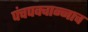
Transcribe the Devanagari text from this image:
पंचपक्वान्नाच